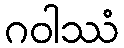
ဂဝါဿံ